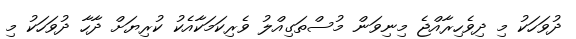
ދުވަހަކު މި ދިވެހިރާއްޖެ މިނިވަން މުސްތަގިއްލު ވެރިކަމަކާއެކު ކުރިޔަށް ދާހާ ދުވަހަކު މި